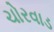
ચોરવાડ